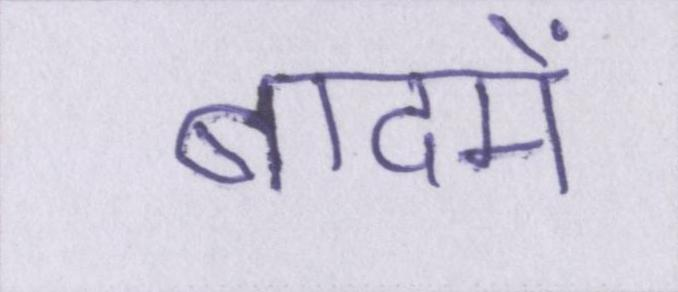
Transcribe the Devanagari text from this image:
बादमें